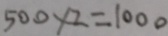
5 0 0 \times 2 = 1 0 0 0